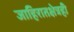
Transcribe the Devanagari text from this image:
जाहिरातक्षेत्रही